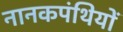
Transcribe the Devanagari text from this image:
नानकपंथियों